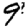
Digit: 9